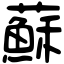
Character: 蘇